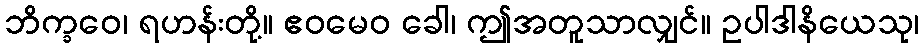
ဘိက္ခဝေ၊ ရဟန်းတို့။ ဧဝမေဝ ခေါ၊ ဤအတူသာလျှင်။ ဥပါဒါနိယေသု၊